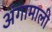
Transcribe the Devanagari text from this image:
अंगामाली